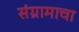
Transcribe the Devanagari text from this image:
संग्रामाचा